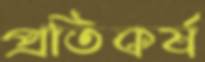
প্রতিকর্ষ